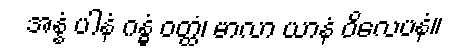
အန္နံ ပါနံ ဂန္ဓံ ဝတ္ထံ၊ မာလာ ယာနံ ဝိလေပနံ။